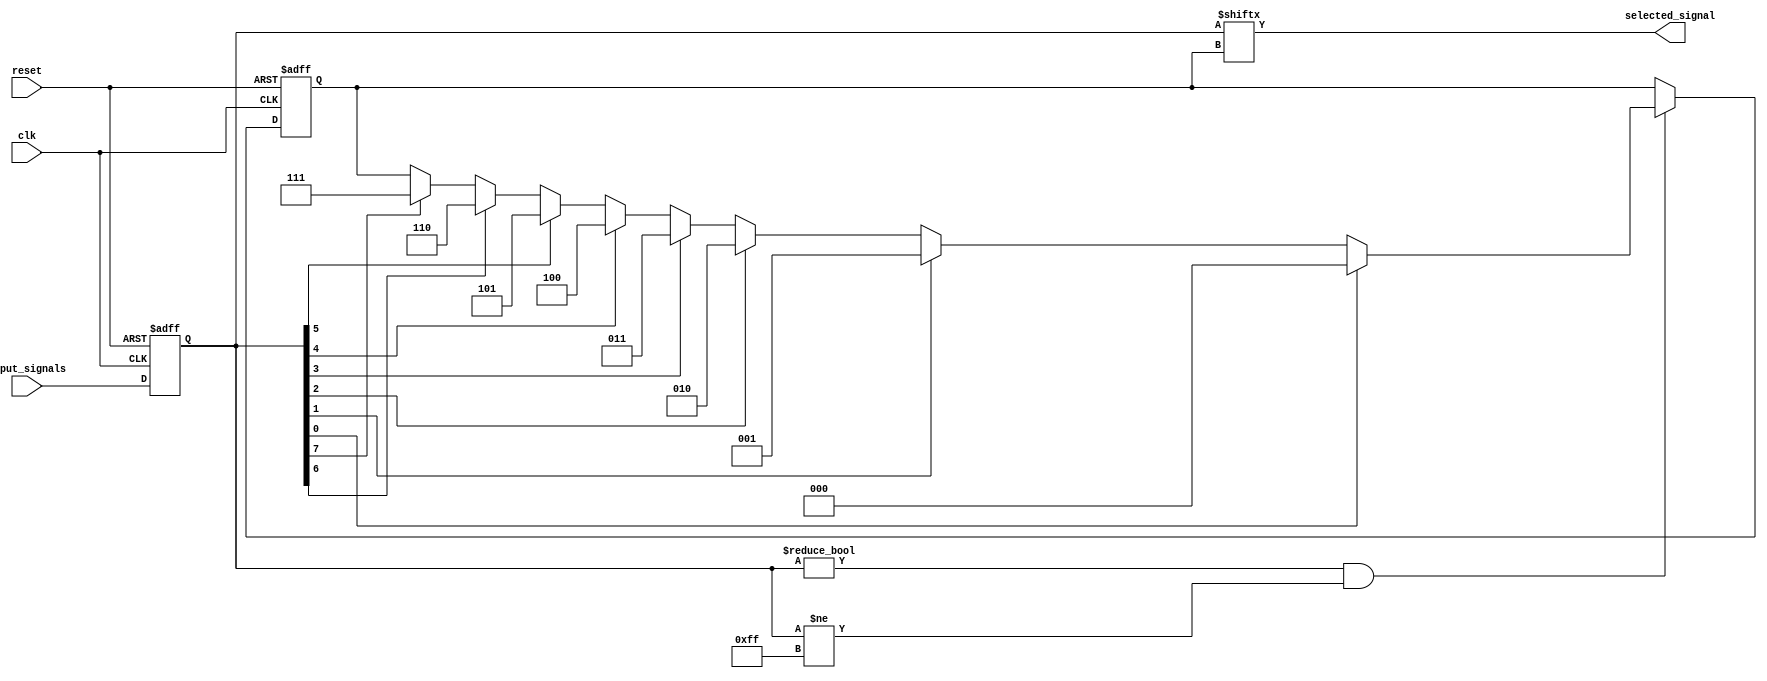
module parallel_arbiter (
    input wire clk,
    input wire reset,
    input wire [7:0] input_signals,
    output wire selected_signal
);

reg [7:0] synced_signals; // synchronized input signals
reg [2:0] priority; // priority scheme for selecting output

always @(posedge clk or posedge reset) begin
    if (reset) begin
        synced_signals <= 8'b0;
        priority <= 3'b0;
    end else begin
        // Synchronize input signals
        synced_signals <= input_signals;
        
        // Timing control logic - wait for all input signals to stabilize
        if (synced_signals != 8'b0 && synced_signals != 8'b11111111) begin
            // Arbiter logic - determine output selection based on priority scheme
            if (synced_signals[0]) begin
                priority <= 3'b000;
            end else if (synced_signals[1]) begin
                priority <= 3'b001;
            end else if (synced_signals[2]) begin
                priority <= 3'b010;
            end else if (synced_signals[3]) begin
                priority <= 3'b011;
            end else if (synced_signals[4]) begin
                priority <= 3'b100;
            end else if (synced_signals[5]) begin
                priority <= 3'b101;
            end else if (synced_signals[6]) begin
                priority <= 3'b110;
            end else if (synced_signals[7]) begin
                priority <= 3'b111;
            end
        end
    end
end

assign selected_signal = synced_signals[priority];

endmodule